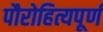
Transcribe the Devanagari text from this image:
पौरोहित्यपूर्ण